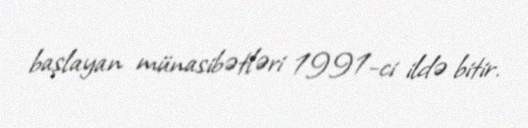
başlayan münasibətləri 1991-ci ildə bitir.